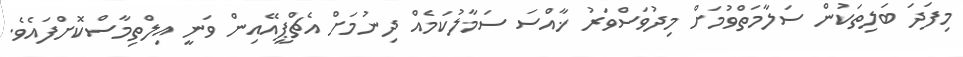
މިފަދަ ބަލިތަކުން ސަލާމަތްވުމަށް މިދުވަސްވަރު ޚާއްސަ ސަމާލުކަމެއް ދިނުމަށް އެޗްޕީއޭއިން ވަނީ އިލްތިމާސްކޮށްފައެވެ.